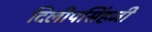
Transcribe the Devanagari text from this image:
दिलीपसिंहजी